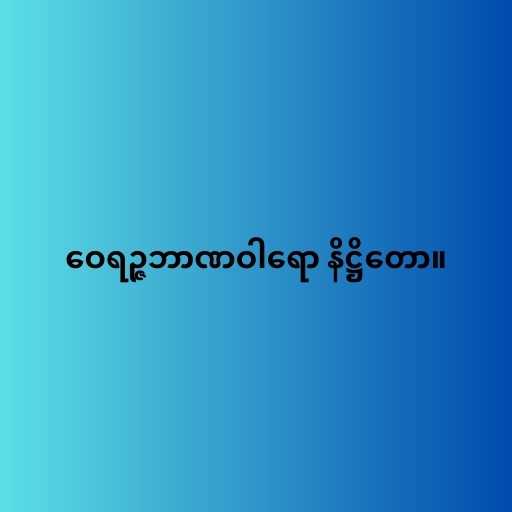
ဝေရဉ္ဇဘာဏဝါရော နိဋ္ဌိတော။